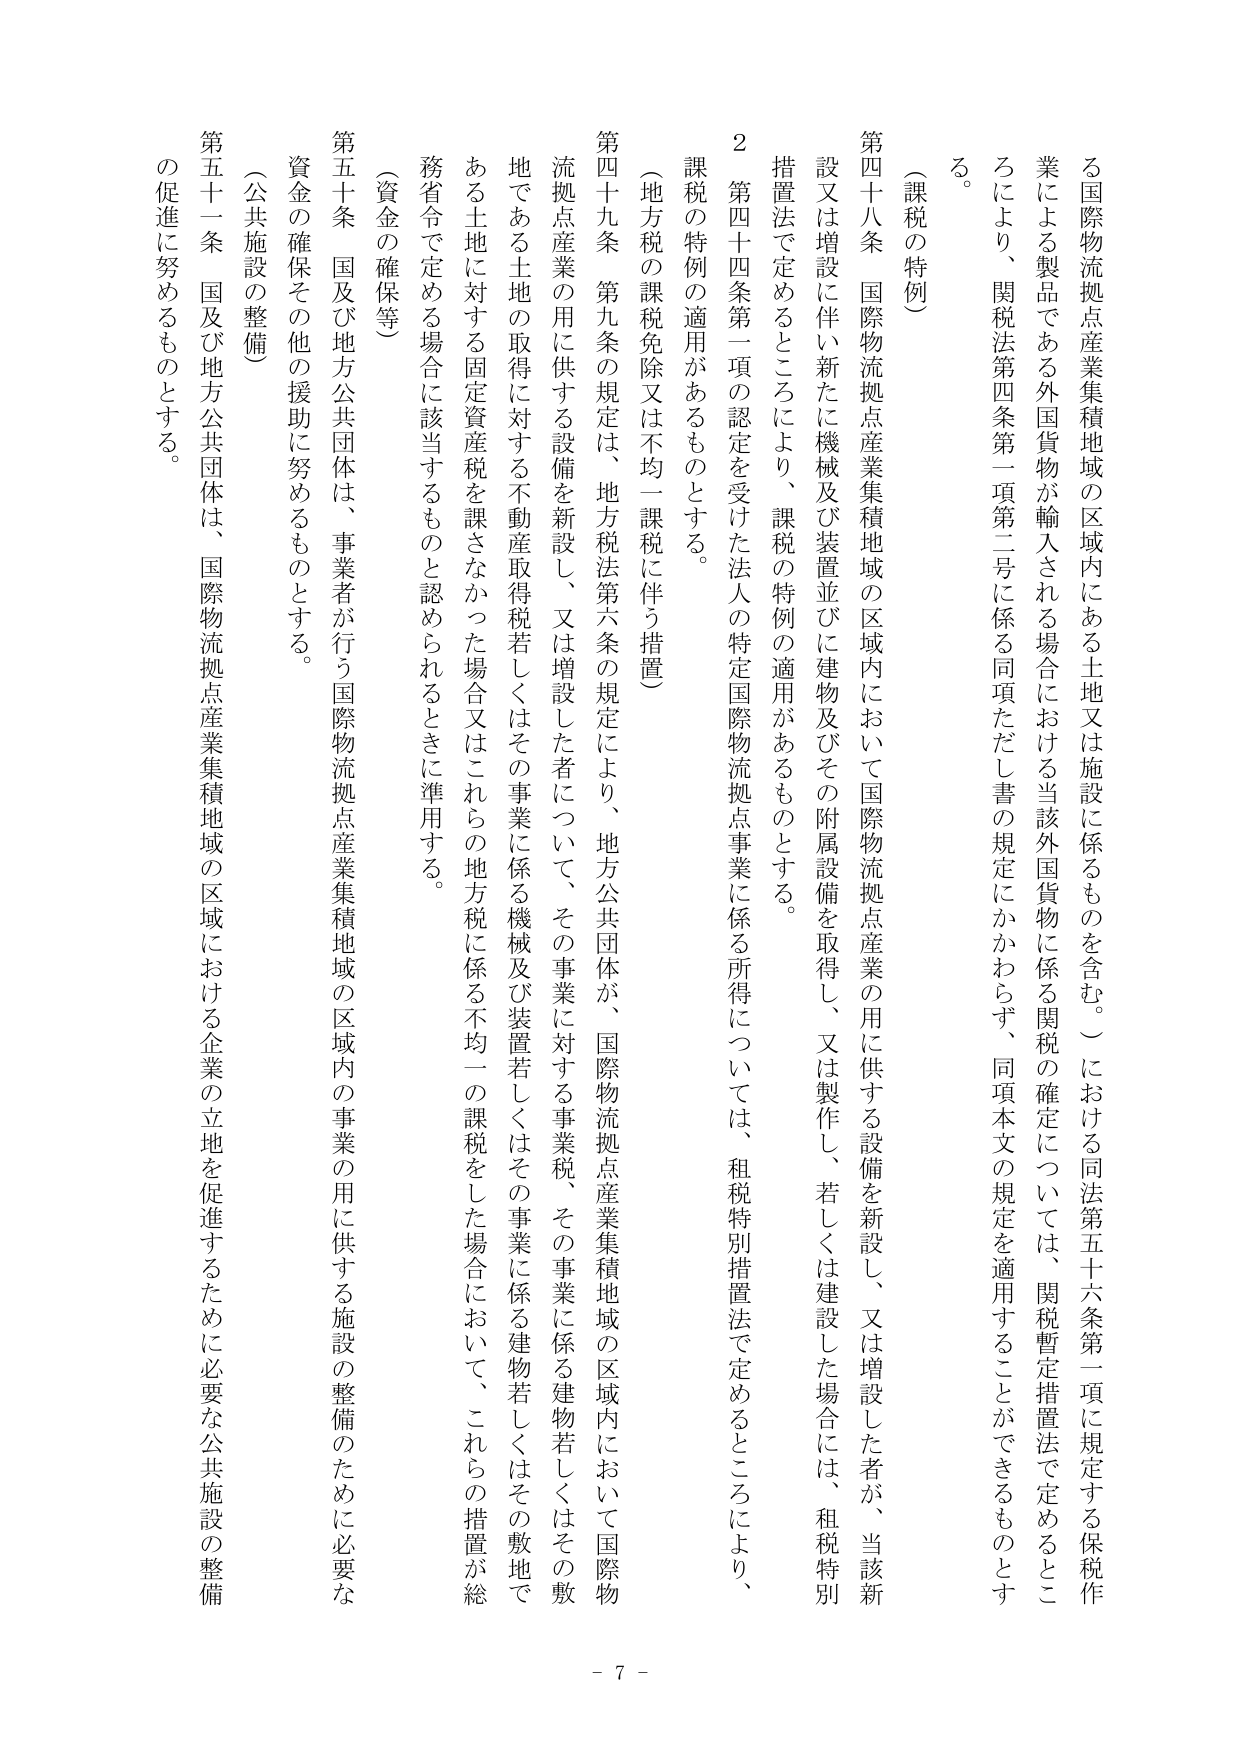
る国際物流拠点産業集積地域の区域内にある土地又は施設に係るものを含む。）における同法第五十六条第一項に規定する保税作業による製品である外国貨物が輸入される場合における当該外国貨物に係る関税の確定については、関税暫定措置法で定めるところにより、関税法第四条第一項第二号に係る同項ただし書の規定にかかわらず、同項本文の規定を適用することができるものとする。

（課税の特例）

第四十八条　国際物流拠点産業集積地域の区域内において国際物流拠点産業の用に供する設備を新設し、又は増設した者が、当該新設又は増設に伴い新たに機械及び装置並びに建物及びその附属設備を取得し、又は製作し、若しくは建設した場合には、租税特別措置法で定めるところにより、課税の特例の適用があるものとする。

２　第四十四条第一項の認定を受けた法人の特定国際物流拠点事業に係る所得については、租税特別措置法で定めるところにより、課税の特例の適用があるものとする。

（地方税の課税免除又は不均一課税に伴う措置）

第四十九条　第九条の規定は、地方税法第六条の規定により、地方公共団体が、国際物流拠点産業集積地域の区域内において国際物流拠点産業の用に供する設備を新設し、又は増設した者について、その事業に対する事業税、その事業に係る建物若しくはその敷地である土地の取得に対する不動産取得税若しくはその事業に係る機械及び装置若しくはその事業に係る建物若しくはその敷地である土地に対する固定資産税を課さなかった場合又はこれらの地方税に係る不均一の課税をした場合において、これらの措置が総務省令で定める場合に該当するものと認められるときに準用する。

（資金の確保等）

第五十条　国及び地方公共団体は、事業者が行う国際物流拠点産業集積地域の区域内の事業の用に供する施設の整備のために必要な資金の確保その他の援助に努めるものとする。

（公共施設の整備）

第五十一条　国及び地方公共団体は、国際物流拠点産業集積地域の区域における企業の立地を促進するために必要な公共施設の整備の促進に努めるものとする。

- 7 -